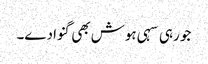
جو رہی سہی ہوش بھی گنوا دے۔